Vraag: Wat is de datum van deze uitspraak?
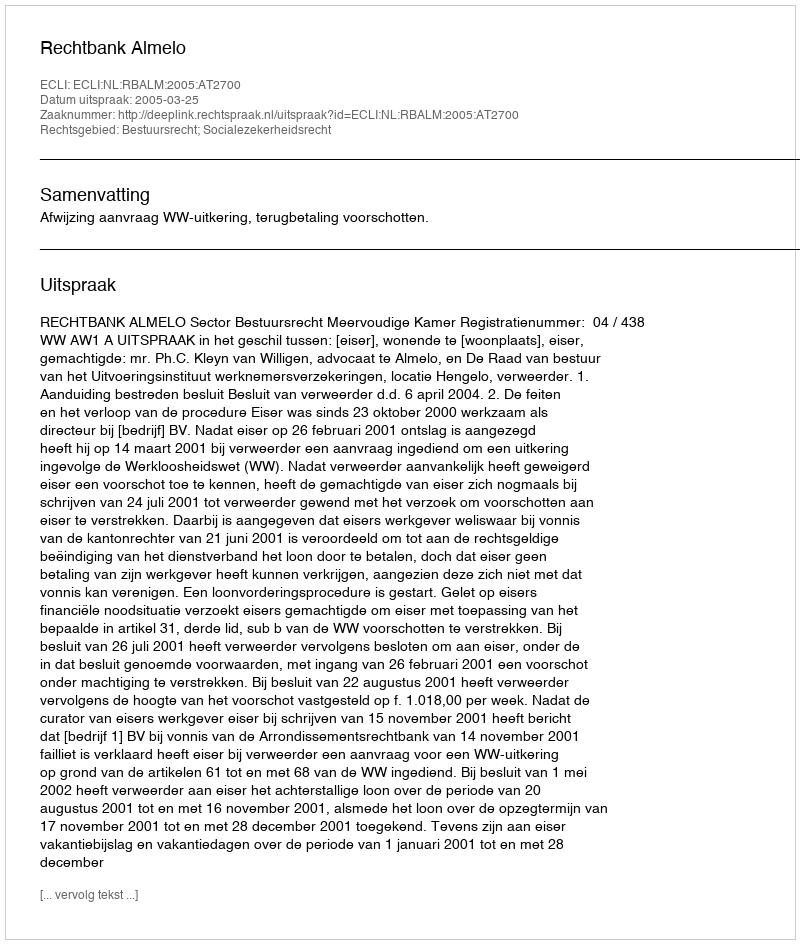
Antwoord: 2005-03-25